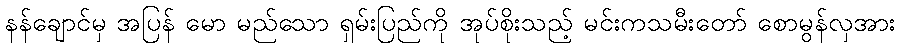
နန်ချောင်မှ အပြန် မော မည်သော ရှမ်းပြည်ကို အုပ်စိုးသည့် မင်းကသမီးတော် စောမွန်လှအား